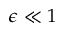
\epsilon \ll 1